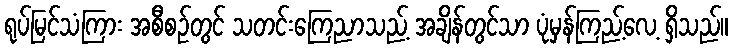
ရုပ်မြင်သံကြား အစီစဉ်တွင် သတင်းကြေညာသည့် အချိန်တွင်သာ ပုံမှန်ကြည့်လေ့ ရှိသည်။